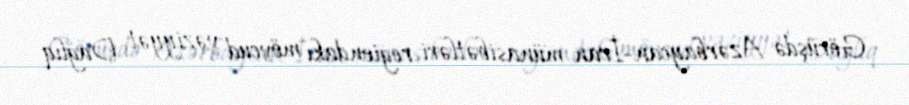
Görüşdə Azərbaycan-İran münasibətləri, regiondakı mövcud vəziyyət, Dağlıq